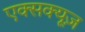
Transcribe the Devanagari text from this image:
एक्सक्यूज़